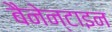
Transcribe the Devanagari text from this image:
बैनेन्टाइन